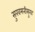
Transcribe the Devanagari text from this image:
सुखमनीसुख